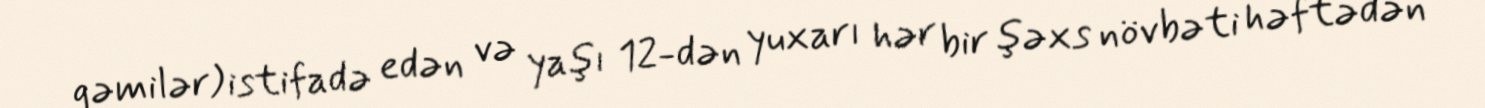
gəmilər) istifadə edən və yaşı 12-dən yuxarı hər bir şəxs növbəti həftədən